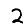
Digit: 2